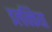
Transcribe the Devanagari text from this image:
इलक्किया